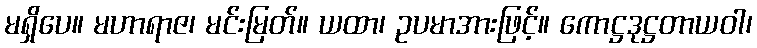
မရှိပေ။ မဟာရာဇ၊ မင်းမြတ်။ ယထာ၊ ဥပမာအားဖြင့်။ ကောဋ္ဌဒုဋ္ဌတာယဝါ၊